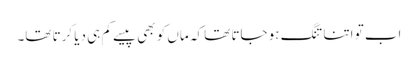
اب تو اتنا تنگ ہو جاتا تھا کہ ماں کو بھی پیسے کم ہی دیا کرتا تھا۔